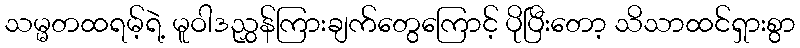
သမ္မတထရမ့်ရဲ့ မူဝါဒညွှန်ကြားချက်တွေကြောင့် ပိုပြီးတော့ သိသာထင်ရှားစွာ